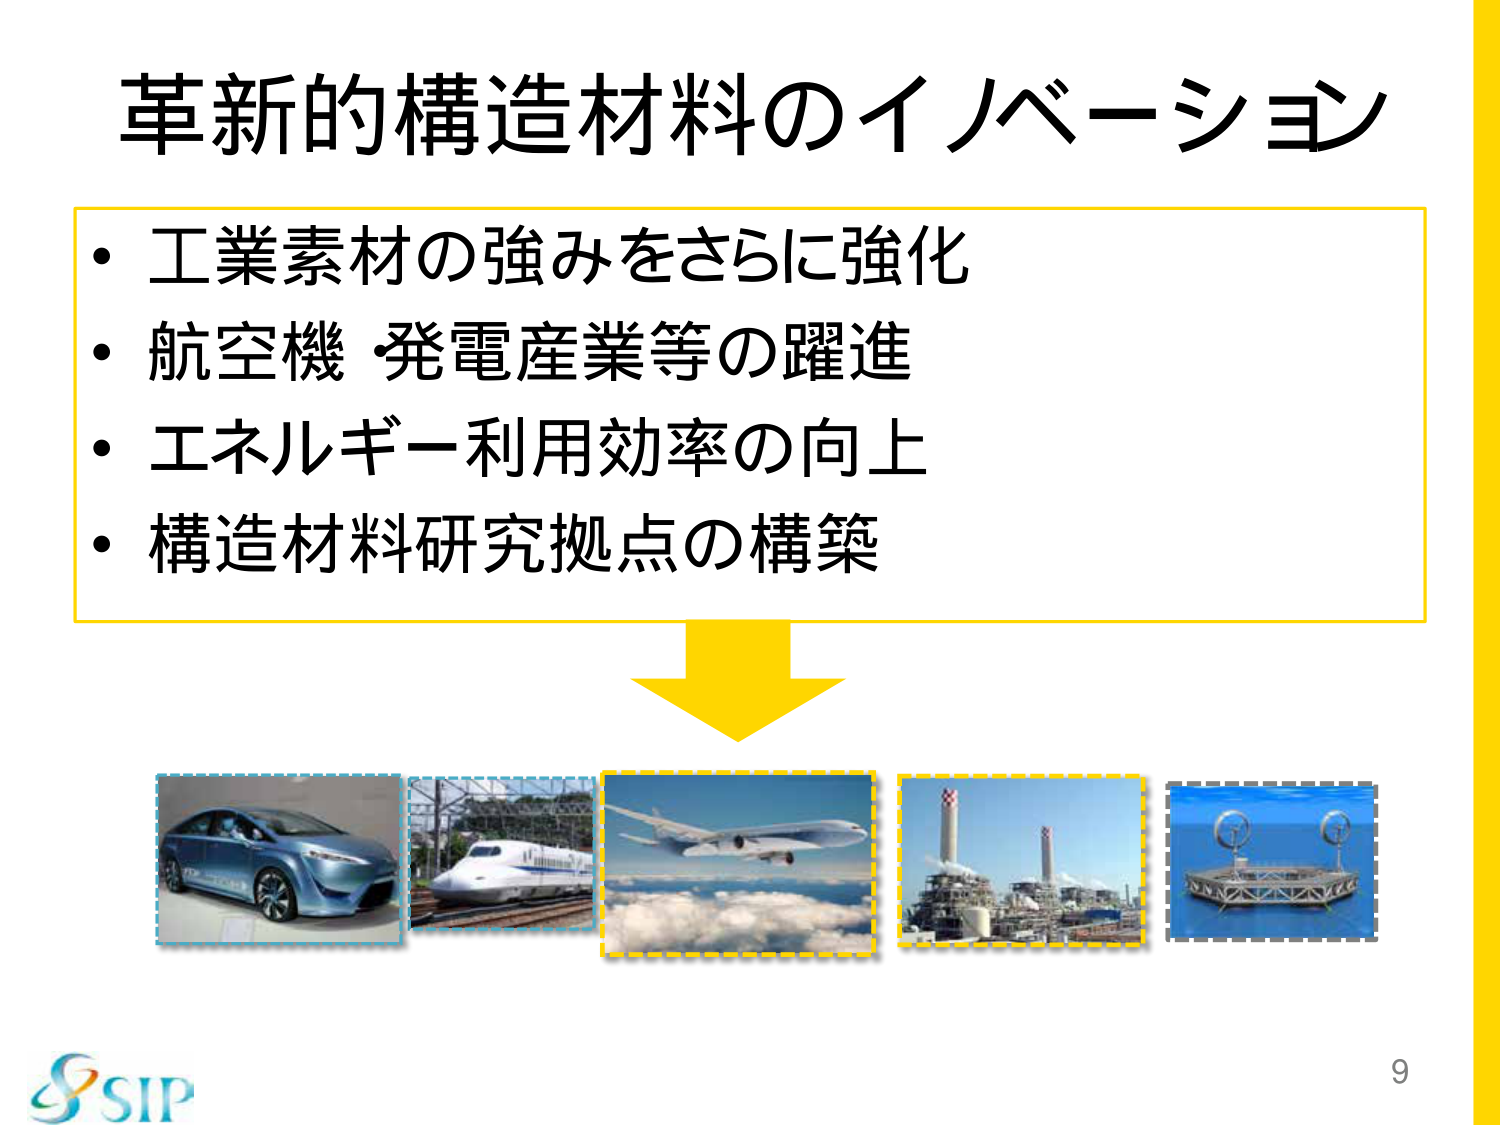
革新的構造材料のイノベーション
・工業素材の強みをさらに強化
・航空機・発電産業等の躍進
・エネルギー利用効率の向上
・構造材料研究拠点の構築
9
SIP